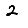
Digit: 2